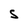
Character: S